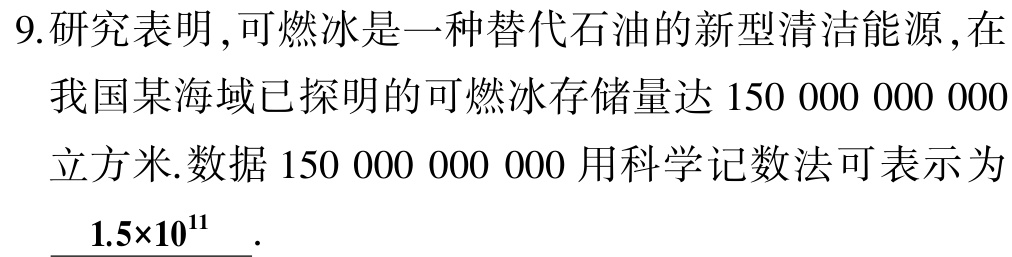
9.研究表明,可燃冰是一种替代石油的新型清洁能源,在我国某海域已探明的可燃冰存储量达$150\ 000\ 000\ 000$立方米.数据$150\ 000\ 000\ 000$用科学记数法可表示为$\underline{1.5\times10^{11}}$.